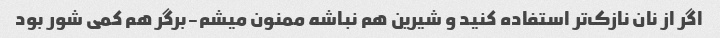
اگر از نان نازک‌تر استفاده کنید و شیرین هم نباشه ممنون میشم-برگر هم کمی شور بود